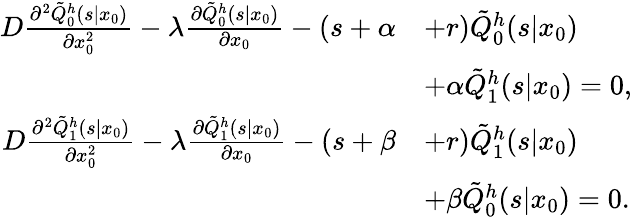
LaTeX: \begin{array}{rl}{D\frac{\partial^{2}\tilde{Q}_{0}^{h}(s|x_{0})}{\partial x_{0}^{2}}-\lambda\frac{\partial\tilde{Q}_{0}^{h}(s|x_{0})}{\partial x_{0}}-(s+\alpha}&{+r)\tilde{Q}_{0}^{h}(s|x_{0})}\\ &{+\alpha\tilde{Q}_{1}^{h}(s|x_{0})=0,}\\ {D\frac{\partial^{2}\tilde{Q}_{1}^{h}(s|x_{0})}{\partial x_{0}^{2}}-\lambda\frac{\partial\tilde{Q}_{1}^{h}(s|x_{0})}{\partial x_{0}}-(s+\beta}&{+r)\tilde{Q}_{1}^{h}(s|x_{0})}\\ &{+\beta\tilde{Q}_{0}^{h}(s|x_{0})=0.}\end{array}